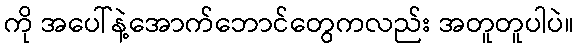
ကို အပေါ်နဲ့အောက်ဘောင်တွေကလည်း အတူတူပါပဲ။